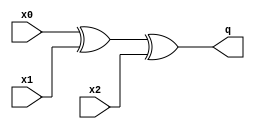
/*
* -----------------------------------------------------------------
* COMPANY : Ruhr University Bochum
* DOCUMENT: "Second-Order SCA Security with almost no Fresh Randomness" TCHES 2021, Issue 3
* -----------------------------------------------------------------
*
* Copyright c 2021, Amir Moradi, Aein Rezaei Shahmirzadi
*
* All rights reserved.
*
* THIS SOFTWARE IS PROVIDED BY THE COPYRIGHT HOLDERS AND CONTRIBUTORS "AS IS" AND
* ANY EXPRESS OR IMPLIED WARRANTIES, INCLUDING, BUT NOT LIMITED TO, THE IMPLIED
* WARRANTIES OF MERCHANTABILITY AND FITNESS FOR A PARTICULAR PURPOSE ARE
* DISCLAIMED. IN NO EVENT SHALL THE COPYRIGHT HOLDER OR CONTRIBUTERS BE LIABLE FOR ANY
* DIRECT, INDIRECT, INCIDENTAL, SPECIAL, EXEMPLARY, OR CONSEQUENTIAL DAMAGES
* INCLUDING, BUT NOT LIMITED TO, PROCUREMENT OF SUBSTITUTE GOODS OR SERVICES;
* LOSS OF USE, DATA, OR PROFITS; OR BUSINESS INTERRUPTION HOWEVER CAUSED AND
* ON ANY THEORY OF LIABILITY, WHETHER IN CONTRACT, STRICT LIABILITY, OR TORT
* INCLUDING NEGLIGENCE OR OTHERWISE ARISING IN ANY WAY OUT OF THE USE OF THIS
* SOFTWARE, EVEN IF ADVISED OF THE POSSIBILITY OF SUCH DAMAGE.
*
* Please see LICENSE and README for license and further instructions.
*/


module XOR_3(
    input x0,
    input x1,
    input x2,
    output q
    );

	assign q = x0 ^ x1 ^ x2;
endmodule